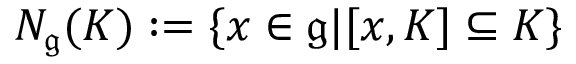
N _ { \mathfrak { g } } ( K ) : = \{ x \in { \mathfrak { g } } | [ x , K ] \subseteq K \}